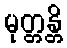
မုတ္တန္တိ